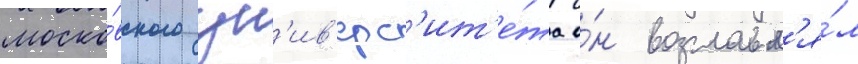
моско́вского ун'ив'ерс'ит'е́та о́н возглавл'я́л